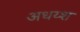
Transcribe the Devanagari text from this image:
अधय्श